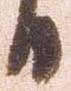
日